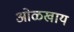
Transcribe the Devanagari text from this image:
ओळखाय